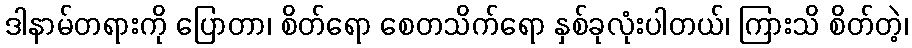
ဒါနာမ်တရားကို ပြောတာ၊ စိတ်ရော စေတသိက်ရော နှစ်ခုလုံးပါတယ်၊ ကြားသိ စိတ်တဲ့၊